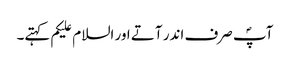
آپؐ صرف اندر آتے اور السلام علیکم کہتے۔